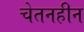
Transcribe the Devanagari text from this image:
चेतनहीन